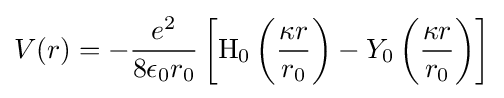
V(r)=-{\frac {e^{2}}{8\epsilon _{0}r_{0}}}\left[{\text{H}}_{0}\left({\frac {\kappa r}{r_{0}}}\right)-Y_{0}\left({\frac {\kappa r}{r_{0}}}\right)\right]